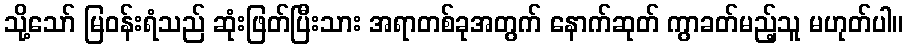
သို့သော် မြဝန်းရံသည် ဆုံးဖြတ်ပြီးသား အရာတစ်ခုအတွက် နောက်ဆုတ် ကွာခတ်မည့်သူ မဟုတ်ပါ။